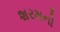
શરમનો